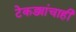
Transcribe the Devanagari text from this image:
टेकड्यांचाही